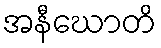
အနီဃောတိ